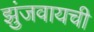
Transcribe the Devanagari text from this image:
झुंजवायची